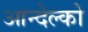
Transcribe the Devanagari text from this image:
आन्देल्को